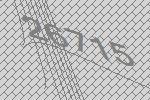
26715